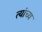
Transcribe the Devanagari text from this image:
त्यांच्य